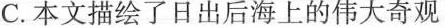
C.本文描绘了日出后海上的伟大奇观